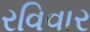
રવિવાર